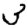
Digit: 3